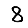
Digit: 8